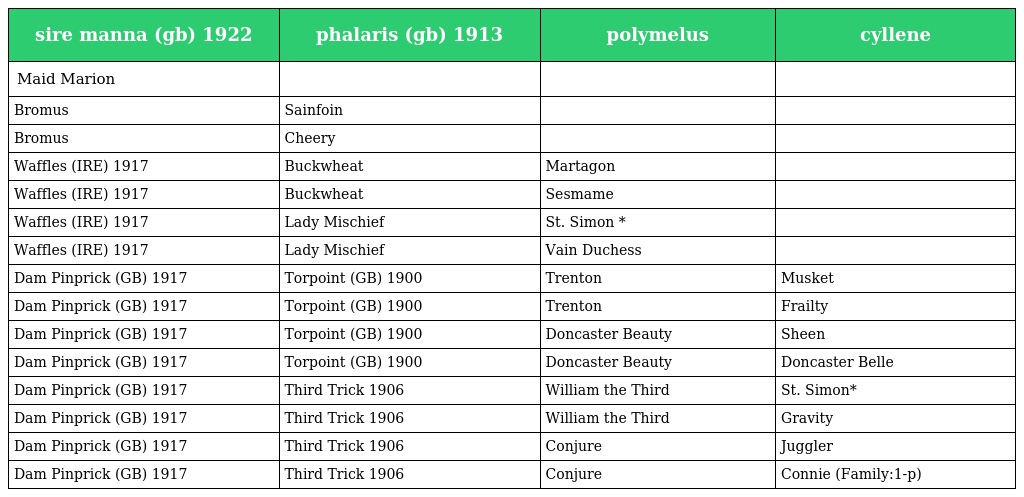
| sire manna (gb) 1922 | phalaris (gb) 1913 | polymelus | cyllene |
 | --- | --- | --- | --- |
 | Maid Marion |  |  |  |
 | Bromus | Sainfoin |  |  |
 | Bromus | Cheery |  |  |
 | Waffles (IRE) 1917 | Buckwheat | Martagon |  |
 | Waffles (IRE) 1917 | Buckwheat | Sesmame |  |
 | Waffles (IRE) 1917 | Lady Mischief | St. Simon * |  |
 | Waffles (IRE) 1917 | Lady Mischief | Vain Duchess |  |
 | Dam Pinprick (GB) 1917 | Torpoint (GB) 1900 | Trenton | Musket |
 | Dam Pinprick (GB) 1917 | Torpoint (GB) 1900 | Trenton | Frailty |
 | Dam Pinprick (GB) 1917 | Torpoint (GB) 1900 | Doncaster Beauty | Sheen |
 | Dam Pinprick (GB) 1917 | Torpoint (GB) 1900 | Doncaster Beauty | Doncaster Belle |
 | Dam Pinprick (GB) 1917 | Third Trick 1906 | William the Third | St. Simon* |
 | Dam Pinprick (GB) 1917 | Third Trick 1906 | William the Third | Gravity |
 | Dam Pinprick (GB) 1917 | Third Trick 1906 | Conjure | Juggler |
 | Dam Pinprick (GB) 1917 | Third Trick 1906 | Conjure | Connie (Family:1-p) |